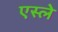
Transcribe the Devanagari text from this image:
एस्ले